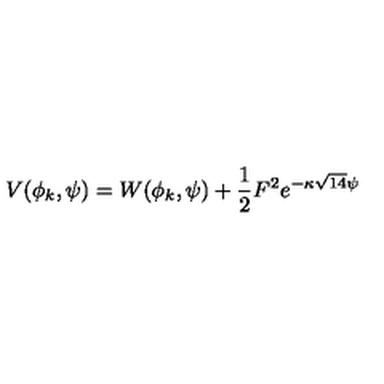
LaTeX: { V ( \phi _ { k } , \psi ) = W ( \phi _ { k } , \psi ) + \frac { 1 } { 2 } F ^ { 2 } e ^ { - \kappa \sqrt { 1 4 } \psi } }